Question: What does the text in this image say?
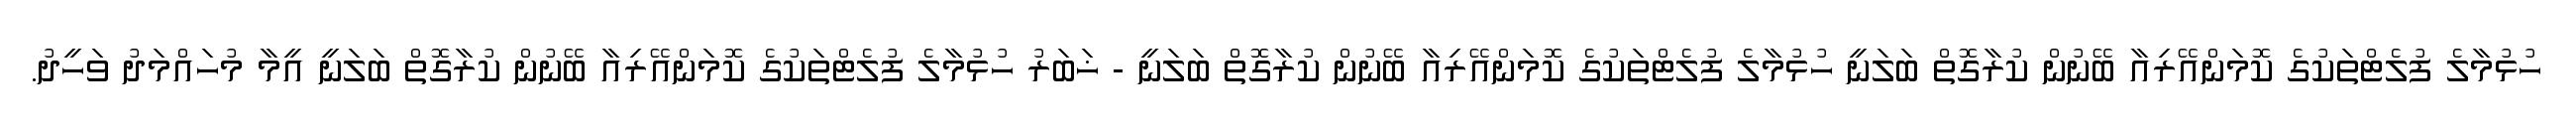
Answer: ހުޅުމާލެ ފުލެޓްތަކުގެ ކޮމަންއޭރިއާ ބޭނުން ކުރާގޮތް ބަލަނީ ހުޅުމާލެ ފުލެޓްތަކުގެ ކޮމަންއޭރިއާ ބޭނުން ކުރާގޮތް ބަލަނީ - ޚަބަރު ހުޅުމާލެ ފުލެޓްތަކުގެ ކޮމަންއޭރިއާ ބޭނުން ކުރާގޮތް ބަލަނީ އީމާ މުހައްމަދު ވަހީދު.